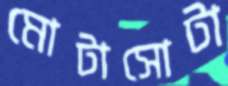
মোটাসোটা